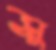
সু